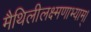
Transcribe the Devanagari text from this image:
मैथिलीलक्ष्मणाभ्याम्।